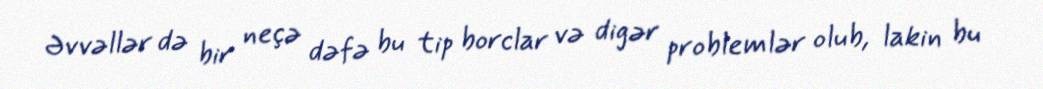
Əvvəllər də bir neçə dəfə bu tip borclar və digər problemlər olub, lakin bu